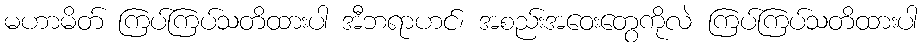
မဟာမိတ် ကြပ်ကြပ်သတိထားပါ အီဘရာဟင်၊ အစည်းအဝေးတွေကိုလဲ ကြပ်ကြပ်သတိထားပါ